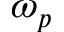
\omega _ { p }